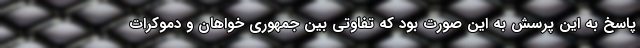
پاسخ به این پرسش به این صورت بود که تفاوتی بین جمهوری خواهان و دموکرات